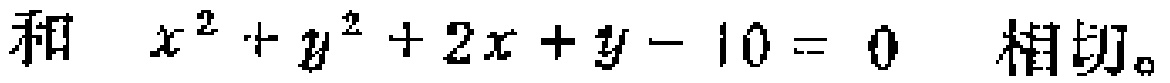
和 \(x^{2}+y^{2}+2x + y - 10 = 0\) 相切。